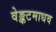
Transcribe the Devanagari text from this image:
वेङ्कटमाधव